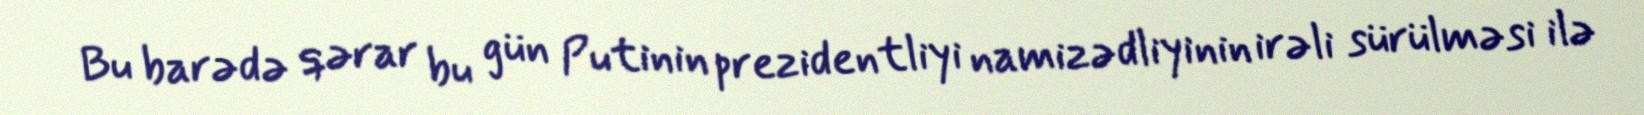
Bu barədə qərar bu gün Putinin prezidentliyi namizədliyinin irəli sürülməsi ilə